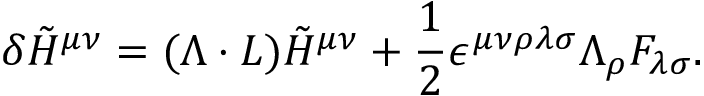
\delta \tilde { H } ^ { \mu \nu } = ( \Lambda \cdot L ) \tilde { H } ^ { \mu \nu } + { \frac { 1 } { 2 } } \epsilon ^ { \mu \nu \rho \lambda \sigma } \Lambda _ { \rho } { \cal F } _ { \lambda \sigma } .